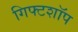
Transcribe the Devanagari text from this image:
गिफ्टशॉप